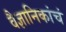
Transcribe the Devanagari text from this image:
वैज्ञानिकांचं